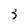
Character: 3